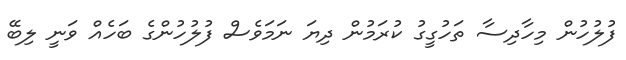
ފުލުހުން މިހާދިސާ ތަހުގީގު ކުރަމުން ދިޔަ ނަމަވެސް ފުލުހުންގެ ބަހެއް ވަނީ ލިބޭ